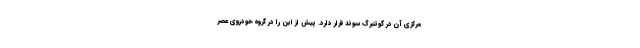
مرکزی آن در گوتنبرگ سوئد قرار دارد. پیش از این را در گروه خودروی عصر